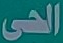
الحى